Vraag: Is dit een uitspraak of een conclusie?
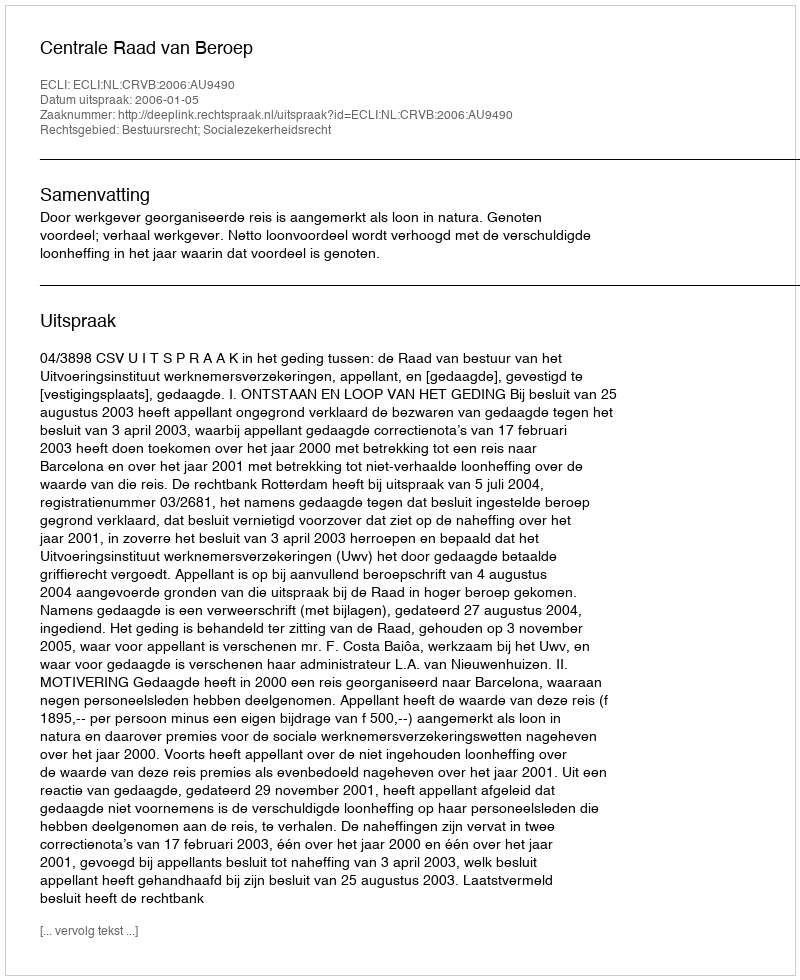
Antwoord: Uitspraak